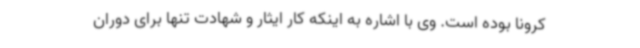
کرونا بوده است. وی با اشاره به اینکه کار ایثار و شهادت تنها برای دوران